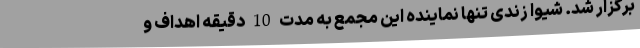
برگزار شد. شیوا زندی تنها نماینده این مجمع به مدت 10 دقیقه اهداف و